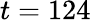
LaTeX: t=124